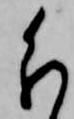
分